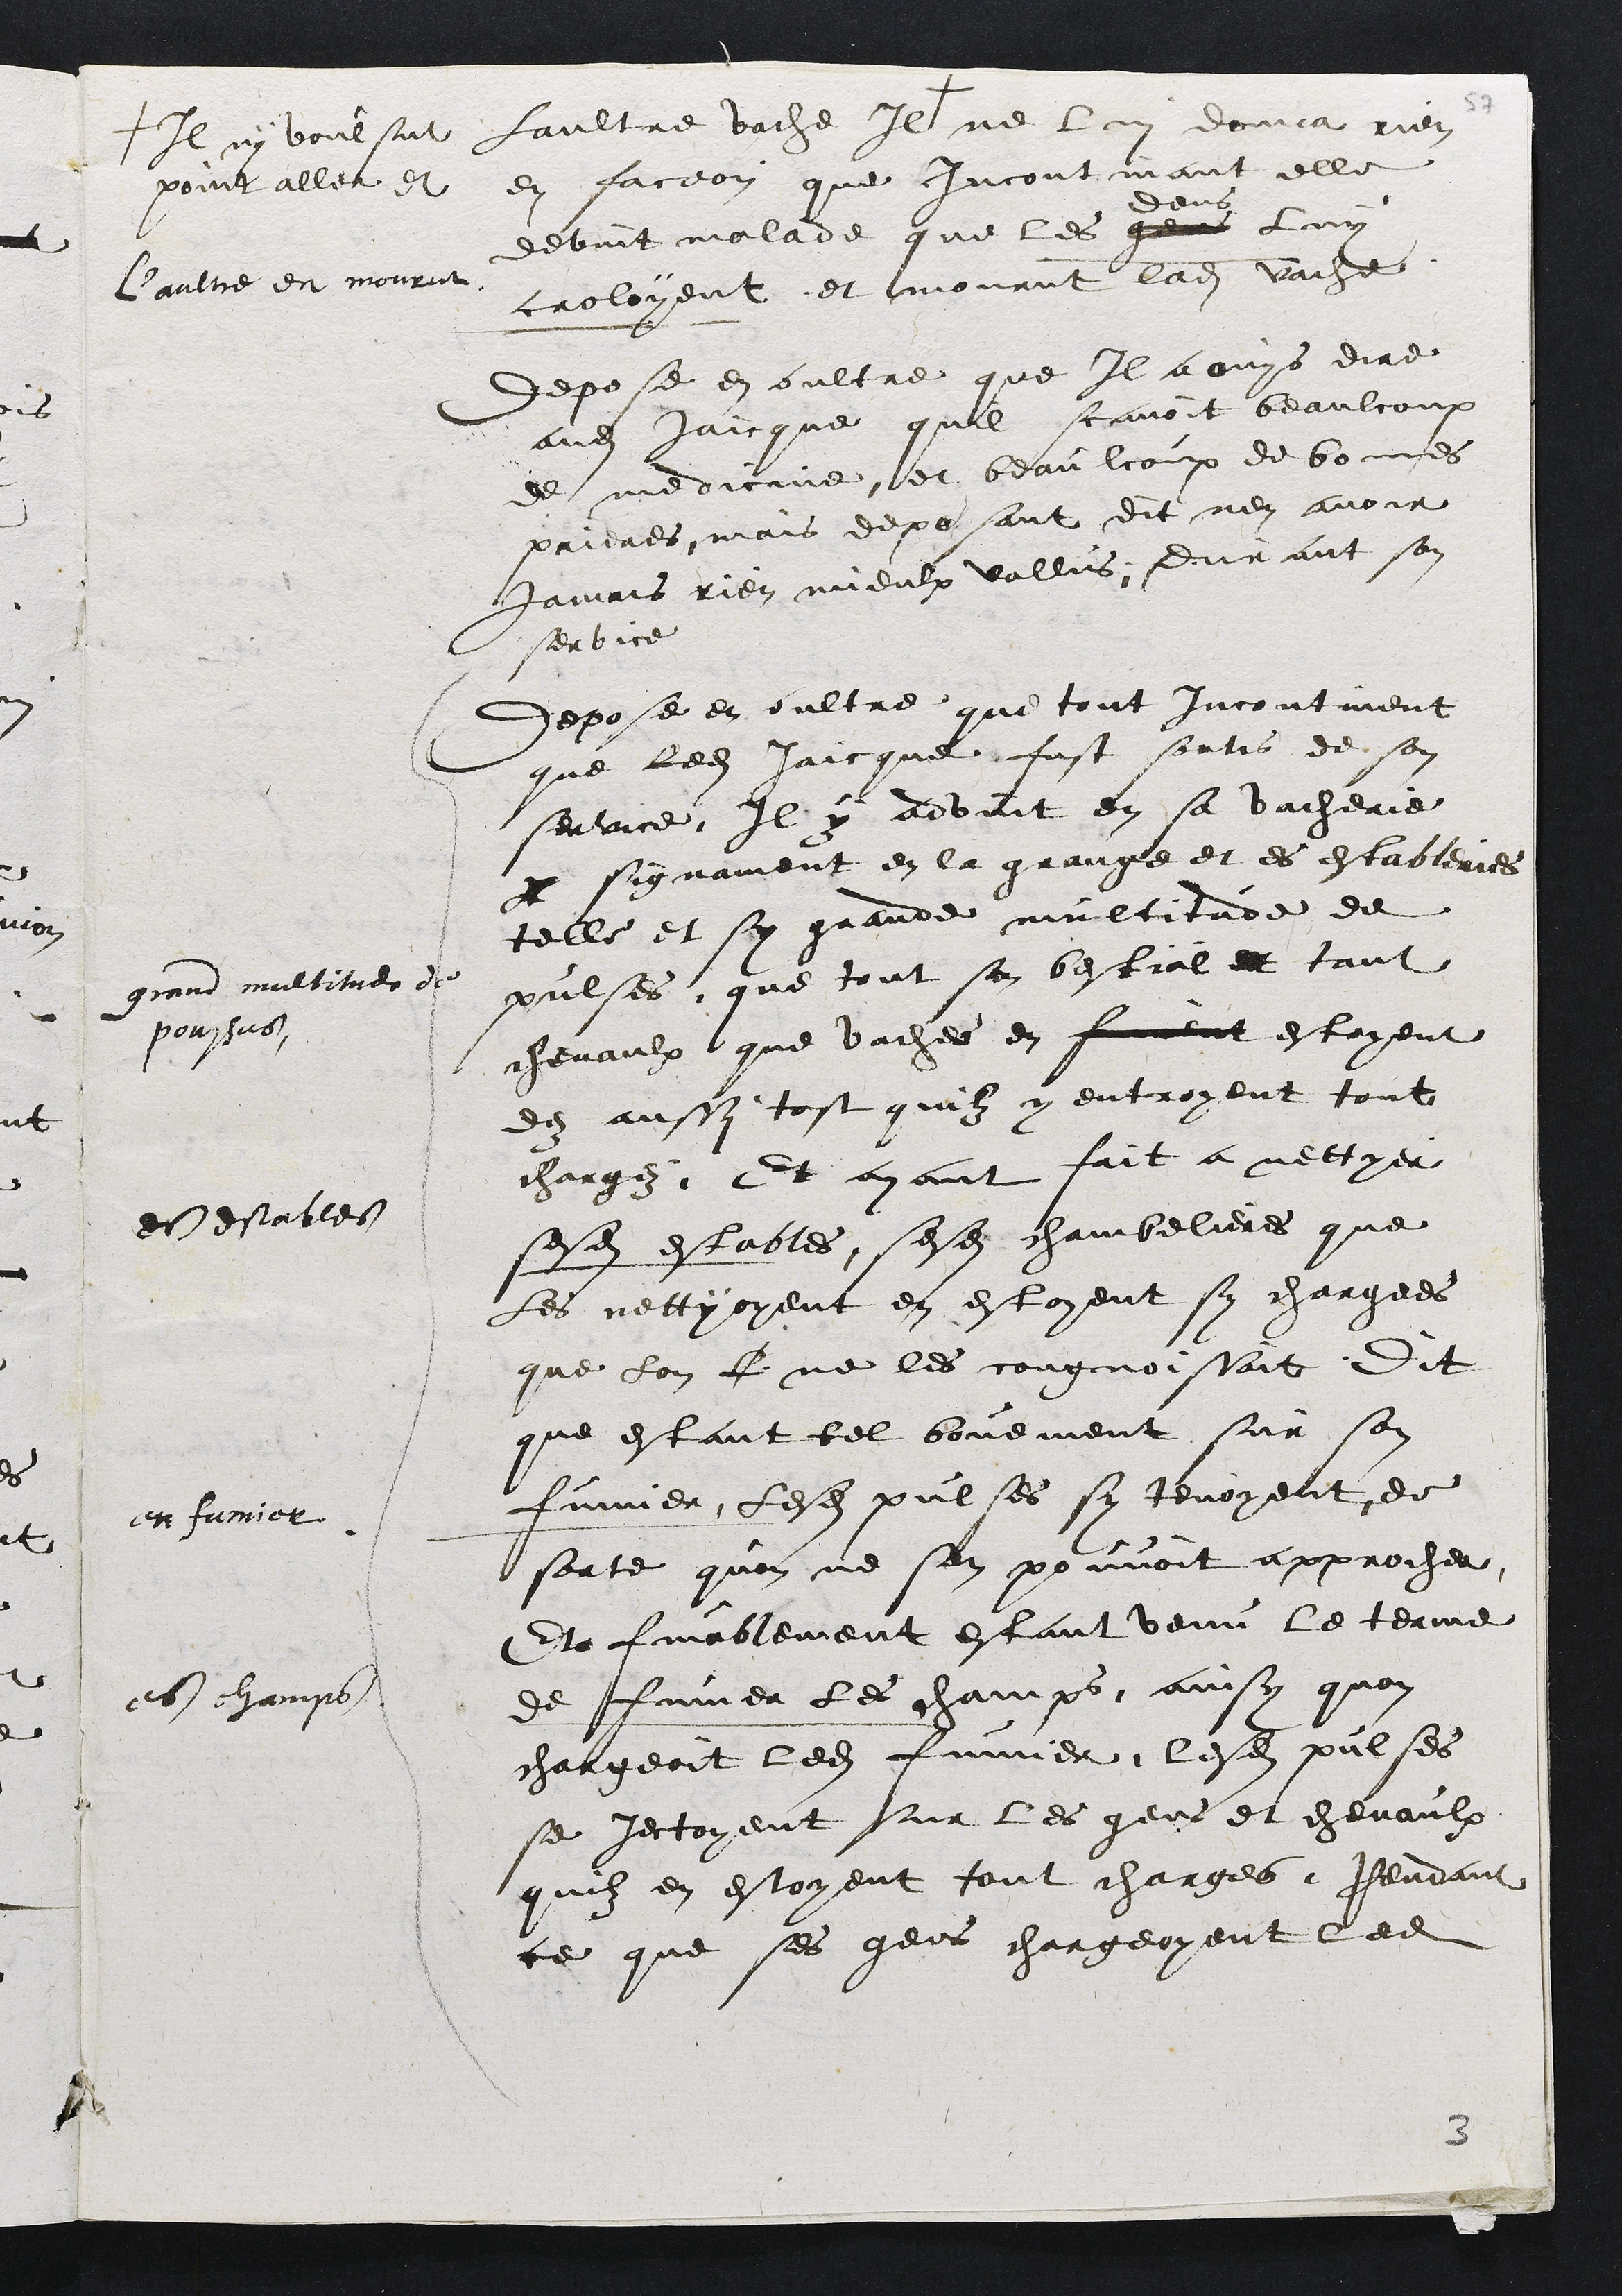
laultre vache Il +
+ Il ny voulsut
point aller et
ne lui donna rien
en faceon que incontinant elle
devint malade que les gens
dens
luy
croloyent et mourut ladite vache
L'aulte et mourut
Depose en oultre que Il a ouys dire
audit Jaicque quil scavoit beaulcoup
de medicine et beaulcoup de bonnes
prieres mais deposant dit nen avoir
jamais rien mieulx vallus durant son
service
Depose en oultre que tout incontinent
que ledit Jaicque fust sortis de son
service Il y advint en sa vacherie
par signament en la grange et es estableries
telle et sy grande multitude de
pulses que tout son bestial et tant
grand multitude de
poussus
chevaulx que vaches en furent estoyent
dez aussy tost quilz y entroyent tout
chargez Et ayant fait a nettoyer
es estabte
sesdites estables sesdites chambelieres que
Les nettoyent en estoyent sy chargees
que lon Le ne les cougnoissoit Dit
que estant tel bouement sur son
fumier lesdites poulses sy tenoyent de
en fumier
sorte quon ne son pouvoit approcher
Et finablement estant venu le terme
de fumer les champs ainsy quon
es champs
chargeoit ledit fumier lesdits pulses
se jectoyent sur les gens et chevaulx
quilz en estoyent tout charges Pendant
ce que ses gens chargeoyent ledit